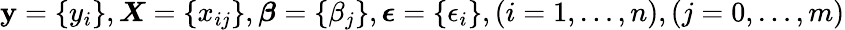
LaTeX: \mathbf{y}=\{ y_{i}\} ,\boldsymbol{X}=\{ x_{ij}\} ,\boldsymbol{\beta}=\{ \beta_{j}\} ,\boldsymbol{\epsilon}=\{ \epsilon_{i}\} ,(i=1,\ldots,n),(j=0,\ldots,m)